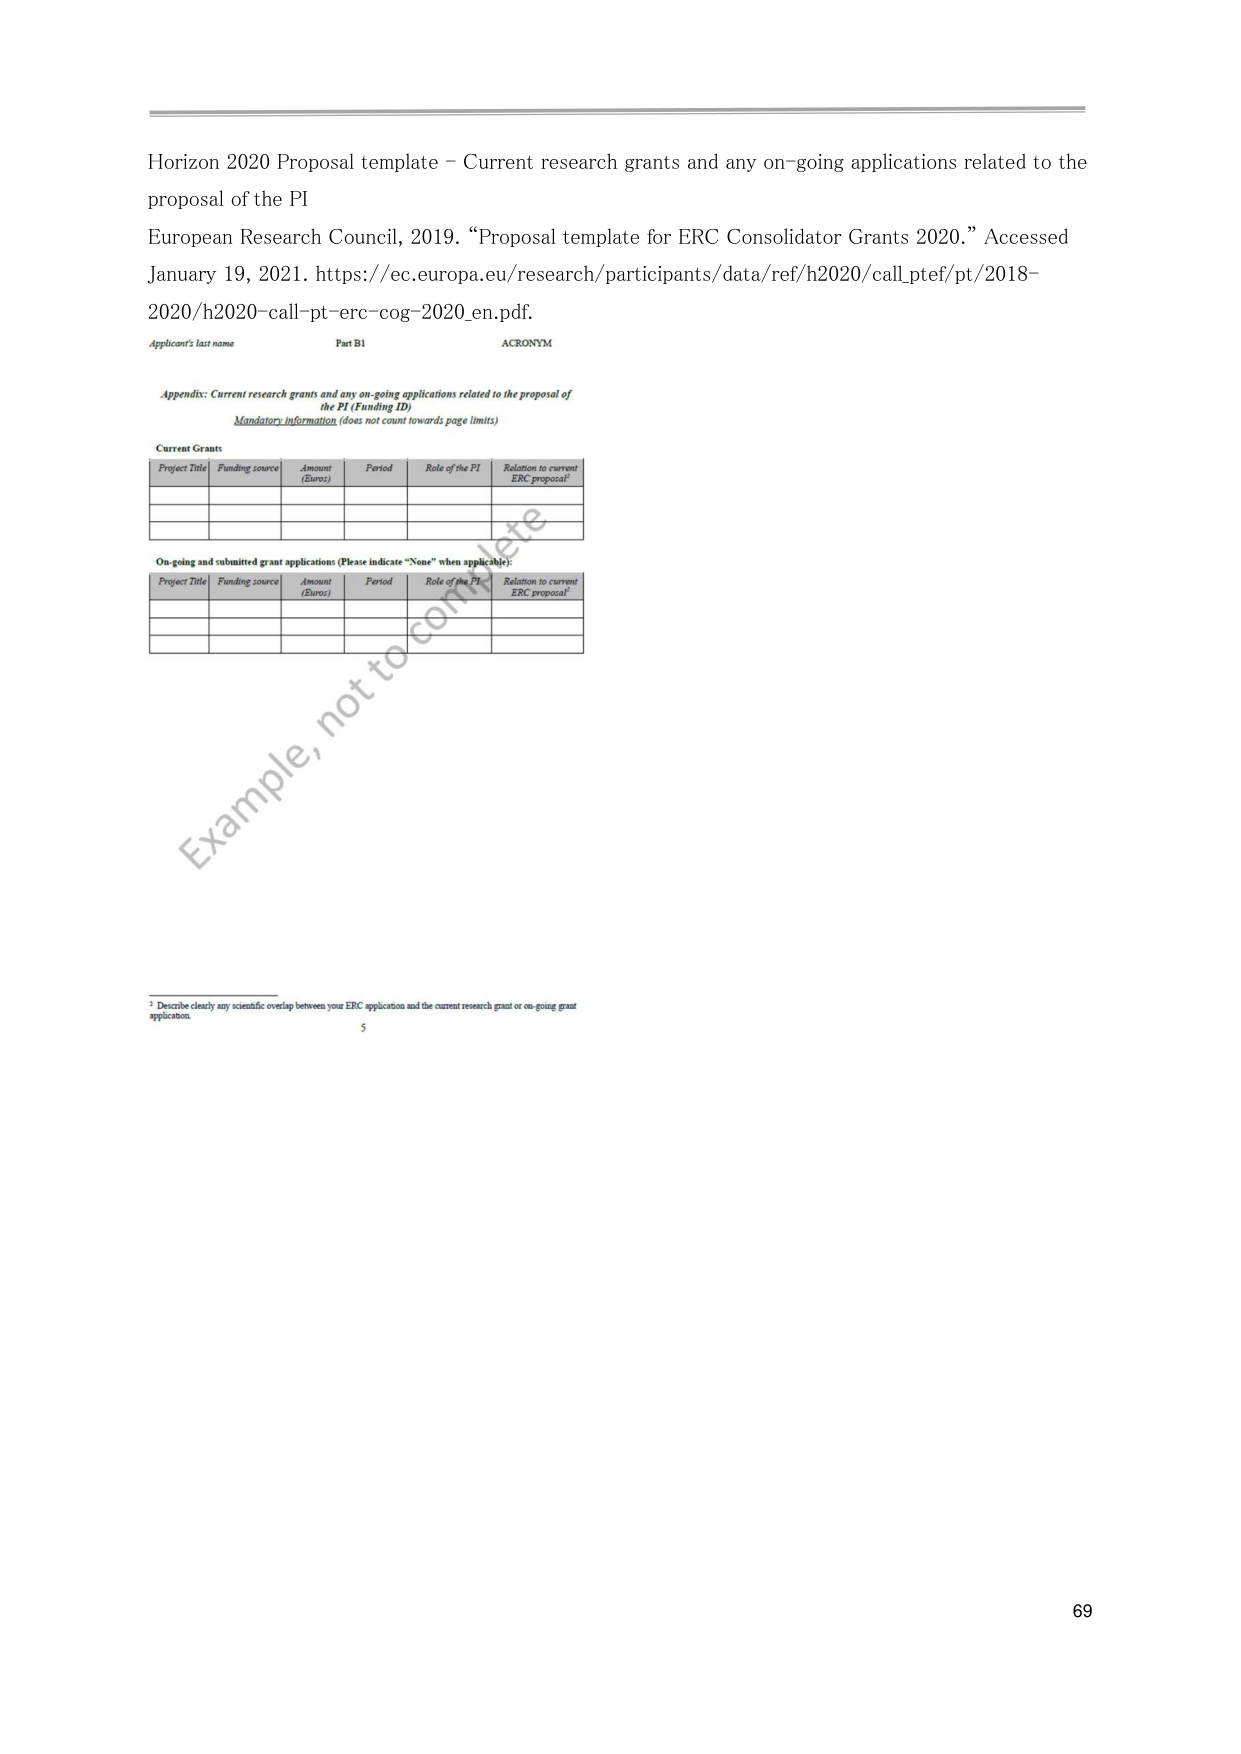
Horizon 2020 Proposal template – Current research grants and any on-going applications related to the proposal of the PI
European Research Council, 2019. “Proposal template for ERC Consolidator Grants 2020.” Accessed January 19, 2021. https://ec.europa.eu/research/participants/data/ref/h2020/call_ptef/pt/2018-2020/h2020-call-pt-erc-cog-2020_en.pdf.

Applicant's last name
Part B1
ACRONYM

Appendix: Current research grants and any on-going applications related to the proposal of the PI (Funding ID)
Mandatory information (does not count towards page limits)

Current Grants
Project Title | Funding source | Amount (Euros) | Period | Role of the PI | Relation to current ERC proposal²

On-going and submitted grant applications (Please indicate “None” when applicable):
Project Title | Funding source | Amount (Euros) | Period | Role of the PI | Relation to current ERC proposal²

² Describe clearly any scientific overlap between your ERC application and the current research grant or on-going grant application.

Example, not to complete

5
69